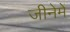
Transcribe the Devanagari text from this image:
जीनेमें